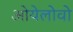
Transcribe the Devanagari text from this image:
ओयेलोवो